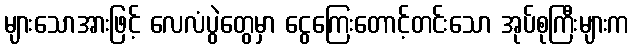
များသောအားဖြင့် လေလံပွဲတွေမှာ ငွေကြေးတောင့်တင်းသော အုပ်စုကြီးများက